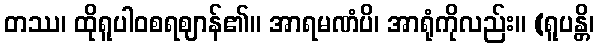
တဿ၊ ထိုရူပါဝစရဈာန်၏။ အာရမဏံပိ၊ အာရုံကိုလည်း။ (ရူပန္တိ၊